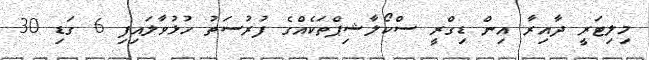
މިލިޓަރީ ދާއިރާ އިން ޑިގްރީ ސްކޯލާޝިޕްތަކެއްގެ ފުރުސަތު ހުޅުވާލައިފި 6 ގަޑި 30